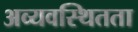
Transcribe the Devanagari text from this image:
अव्यवस्थितता